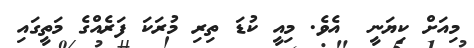
މިއަށް ކިޔަނީ  އެވެ. މިއީ ކުޑަ ތިރި މުރަކަ ފަރެއްގެ މަތީގައި